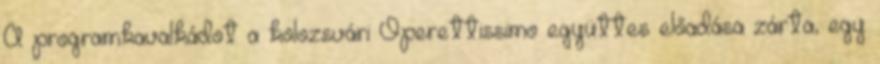
A programkavalkádot a kolozsvári Operettissimo együttes előadása zárta, egy